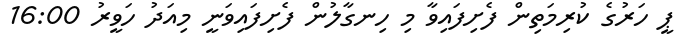
ޕީ ހަރުގެ ކުރިމަތިން ފެށިފައިވާ މި ހިނގާލުން ފެށިފައިވަނީ މިއަދު ހަވީރު 16:00